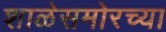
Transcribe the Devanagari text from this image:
शाळेसमोरच्या